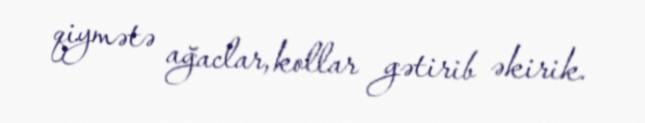
qiymətə ağaclar, kollar gətirib əkirik.